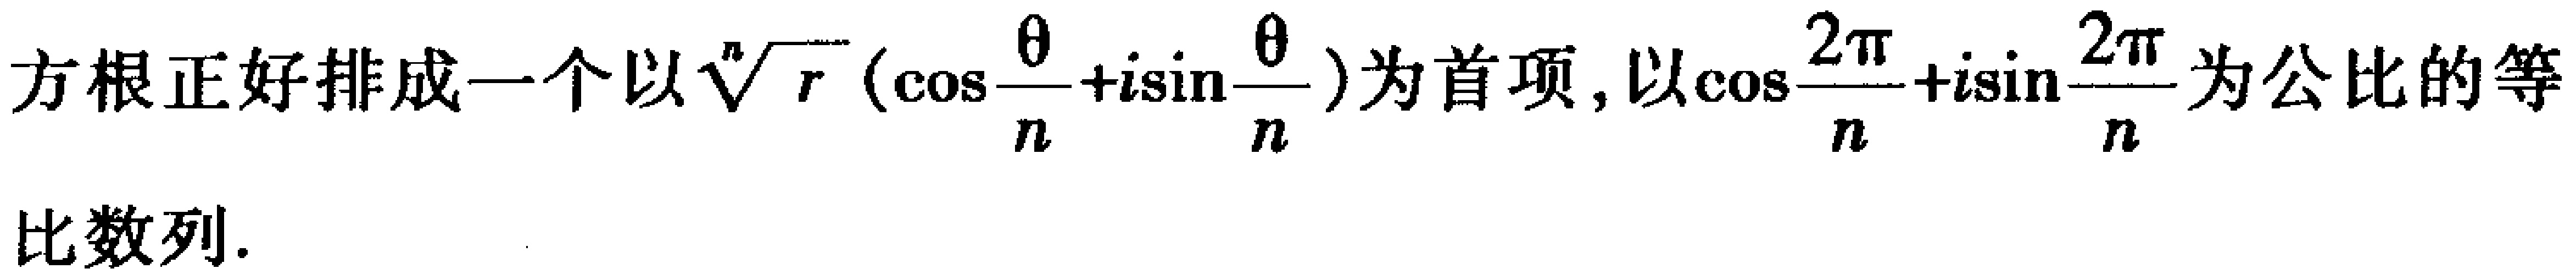
方根正好排成一个以\(\sqrt[n]{r}(\cos\frac{\theta}{n}+i\sin\frac{\theta}{n})\)为首项, 以\(\cos\frac{2\pi}{n}+i\sin\frac{2\pi}{n}\)为公比的等比数列.